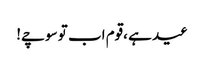
عید ہے ،قوم اب تو سوچے!